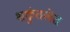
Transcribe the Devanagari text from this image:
शकुंतलेत